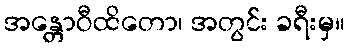
အန္တောဝီထိတော၊ အတွင်း ခရီးမှ။